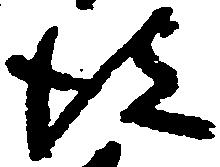
彼